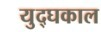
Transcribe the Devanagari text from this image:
युद्घकाल